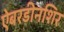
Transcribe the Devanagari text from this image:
ऐबरडीनशिर